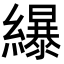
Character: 𦆿